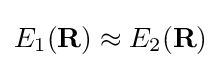
E_{1}(\mathbf {R} )\approx E_{2}(\mathbf {R} )